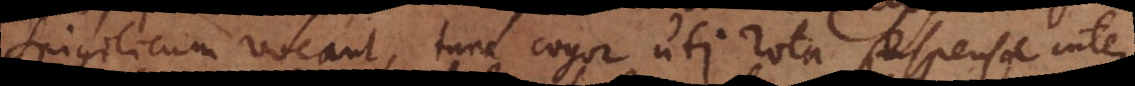
Spigilicum vocant, tunc cogor uti rota suspensa inter